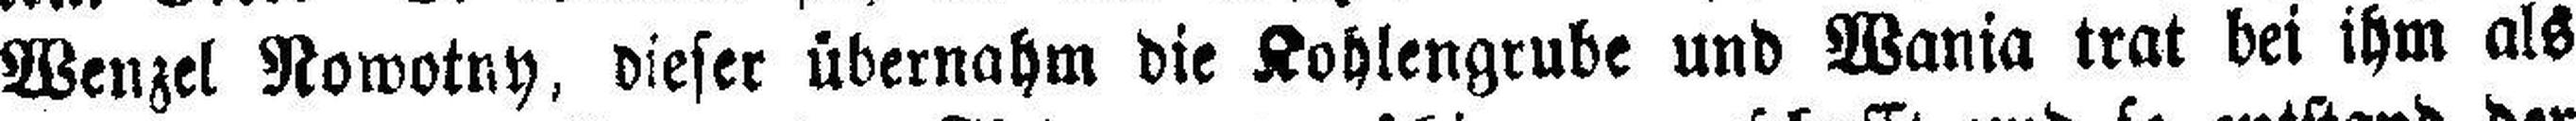
Wenzel Nowotny, dieser übernahm die Kohlengrube und Wania trat bei ihm als